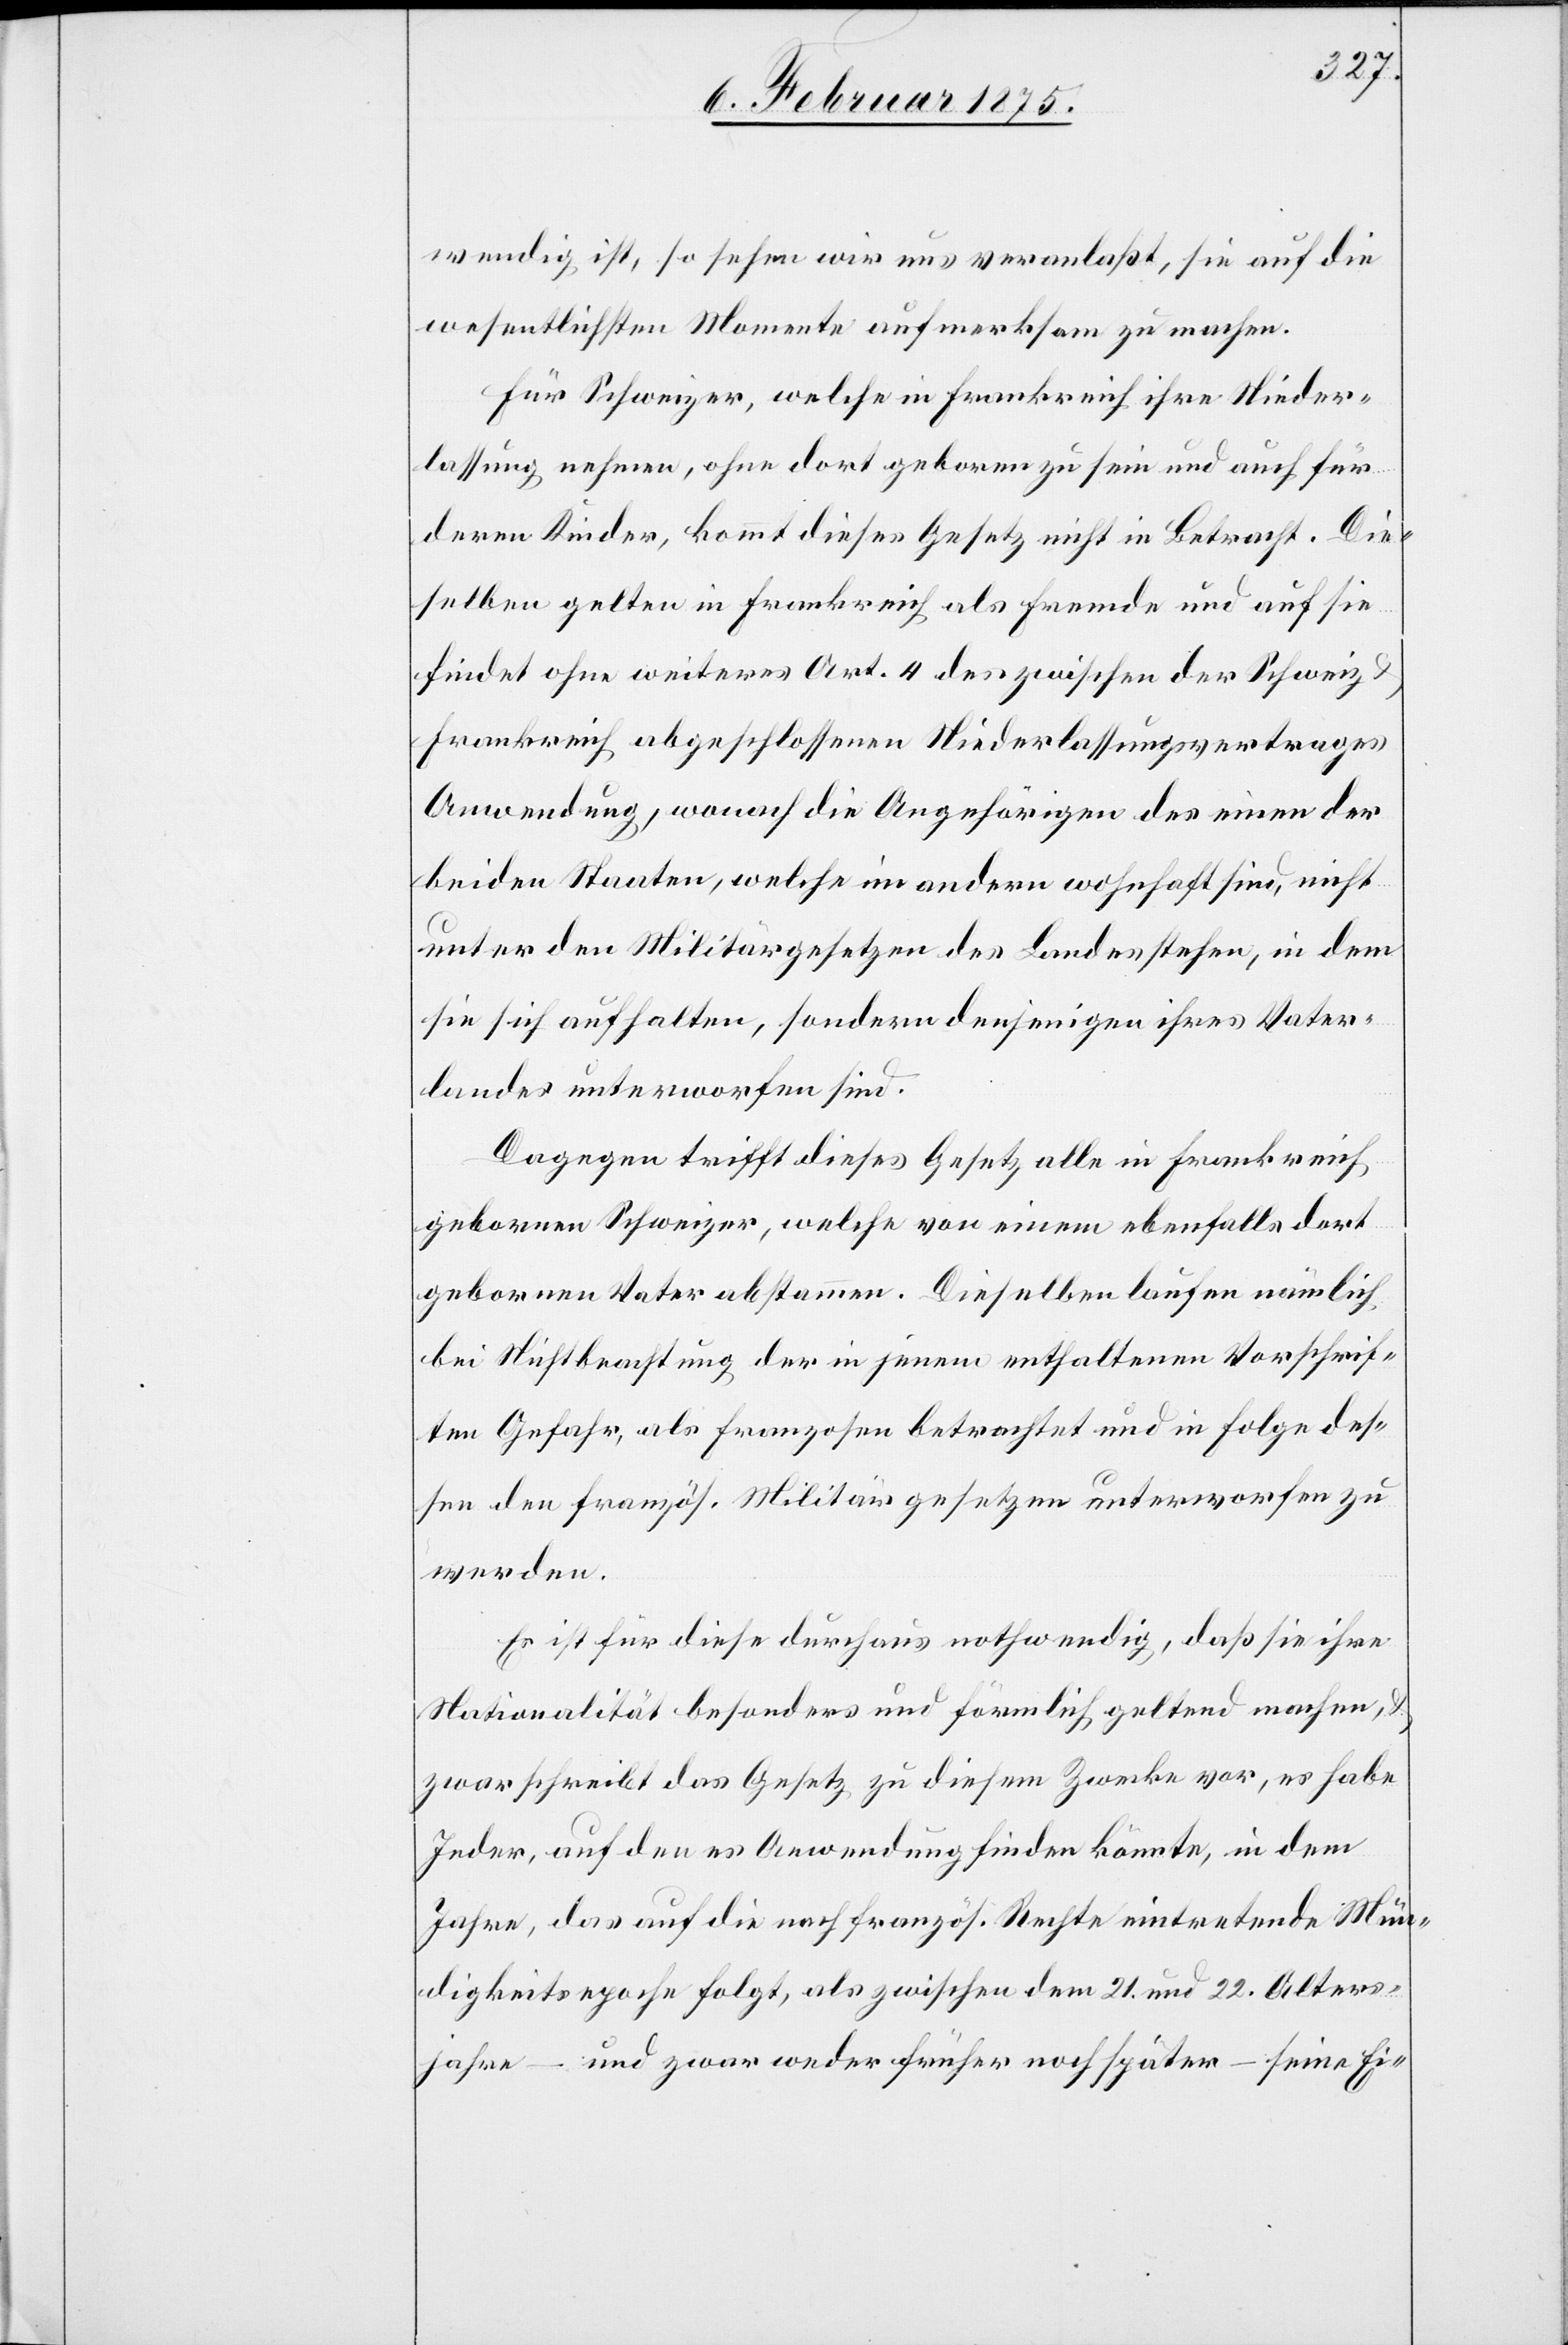
wendig ist, so sehen wir uns veranlaßt, sie auf die
wesentlichsten Momente aufmerksam zu machen.
Für Schweizer, welche in Frankreich ihre Nieder¬
lassung nehmen, ohne dort geboren zu sein und auch für
deren Kinder, kommt dieses Gesetz nicht in Betracht. Die¬
selben gelten in Frankreich als Fremde und auf sie
findet ohne weiteres Art. 4 des zwischen der Schweiz
Frankreich abgeschlossenen Niederlassungsvertrages
Anwendung, wonach die Angehörigen des einen der
beiden Staaten, welche im andern wohnhaft sind, nicht
unter den Militärgesetzen des Landes stehen, in dem
sie sich aufhalten, sondern denjenigen ihres Vater¬
landes unterworfen sind.
Dagegen trifft dieses Gesetz alle in Frankreich
gebornen Schweizer, welche von einem ebenfalls dort
gebornen Vater abstammen. Dieselben laufen nämlich
bei Nichtbeachtung der in jenem enthaltenen Vorschrif¬
ten Gefahr, als Franzosen betrachtet und in Folge des¬
sen den französ. Militärgesetzen unterworfen zu
werden.
Es ist für diese durchaus nothwendig, daß sie ihre
Nationalität besonders und förmlich geltend machen,
zwar schreibt das Gesetz zu diesem Zwecke vor, es habe
Jeder, auf den es Anwendung finden könnte, in dem
Jahre, das auf die nach französ. rechte eintretende Mü¬
ndigkeitsepoche folgt, als zwischen dem 21. und 22. Alters¬
jahre – und zwar weder früher noch später – seine Ei-